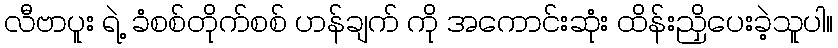
လီဗာပူး ရဲ့ ခံစစ်တိုက်စစ် ဟန်ချက် ကို အကောင်းဆုံး ထိန်းညှိပေးခဲ့သူပါ။